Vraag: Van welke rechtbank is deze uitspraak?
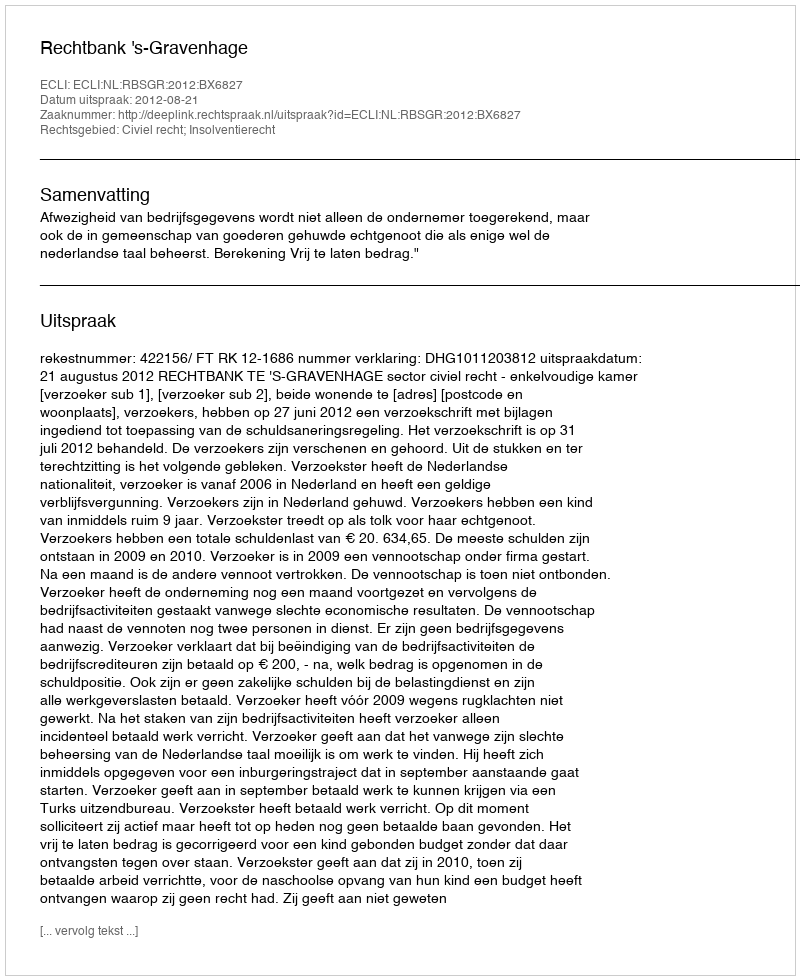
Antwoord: Rechtbank 's-Gravenhage